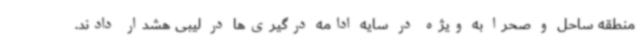
منطقه ساحل و صحرا به ویژه در سایه ادامه درگیری‌ها در لیبی هشدار دادند.